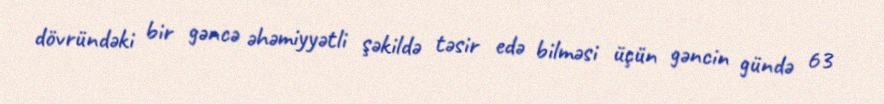
dövründəki bir gəncə əhəmiyyətli şəkildə təsir edə bilməsi üçün gəncin gündə 63